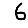
Digit: 6